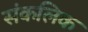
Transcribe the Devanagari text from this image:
संकलिक